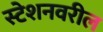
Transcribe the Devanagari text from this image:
स्टेशनवरील